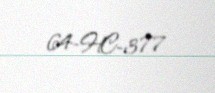
64-HC-377